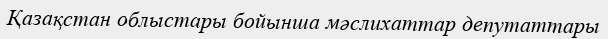
Қазақстан облыстары бойынша мәслихаттар депутаттары